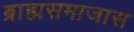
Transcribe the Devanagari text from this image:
ब्राह्मसमाजास